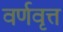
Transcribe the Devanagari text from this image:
वर्णवृत्त